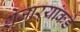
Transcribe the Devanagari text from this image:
शेजाऱ्यांकडे